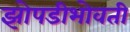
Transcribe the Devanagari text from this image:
झोपडीभोवती